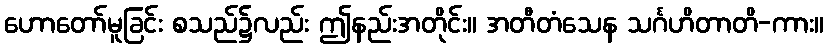
ဟောတော်မူခြင်း စသည်၌လည်း ဤနည်းအတိုင်း။ အတီတံသေန သင်္ဂဟိတာတိ-ကား။